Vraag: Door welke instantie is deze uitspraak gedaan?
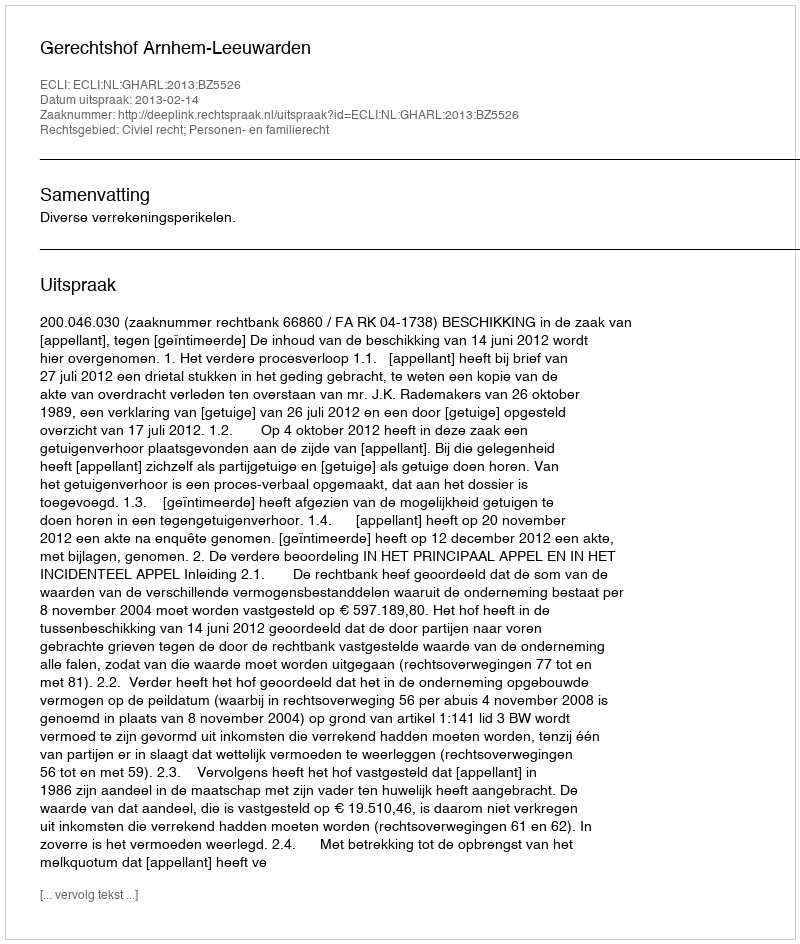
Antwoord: Gerechtshof Arnhem-Leeuwarden